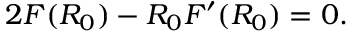
2 F ( R _ { 0 } ) - R _ { 0 } F ^ { \prime } ( R _ { 0 } ) = 0 .